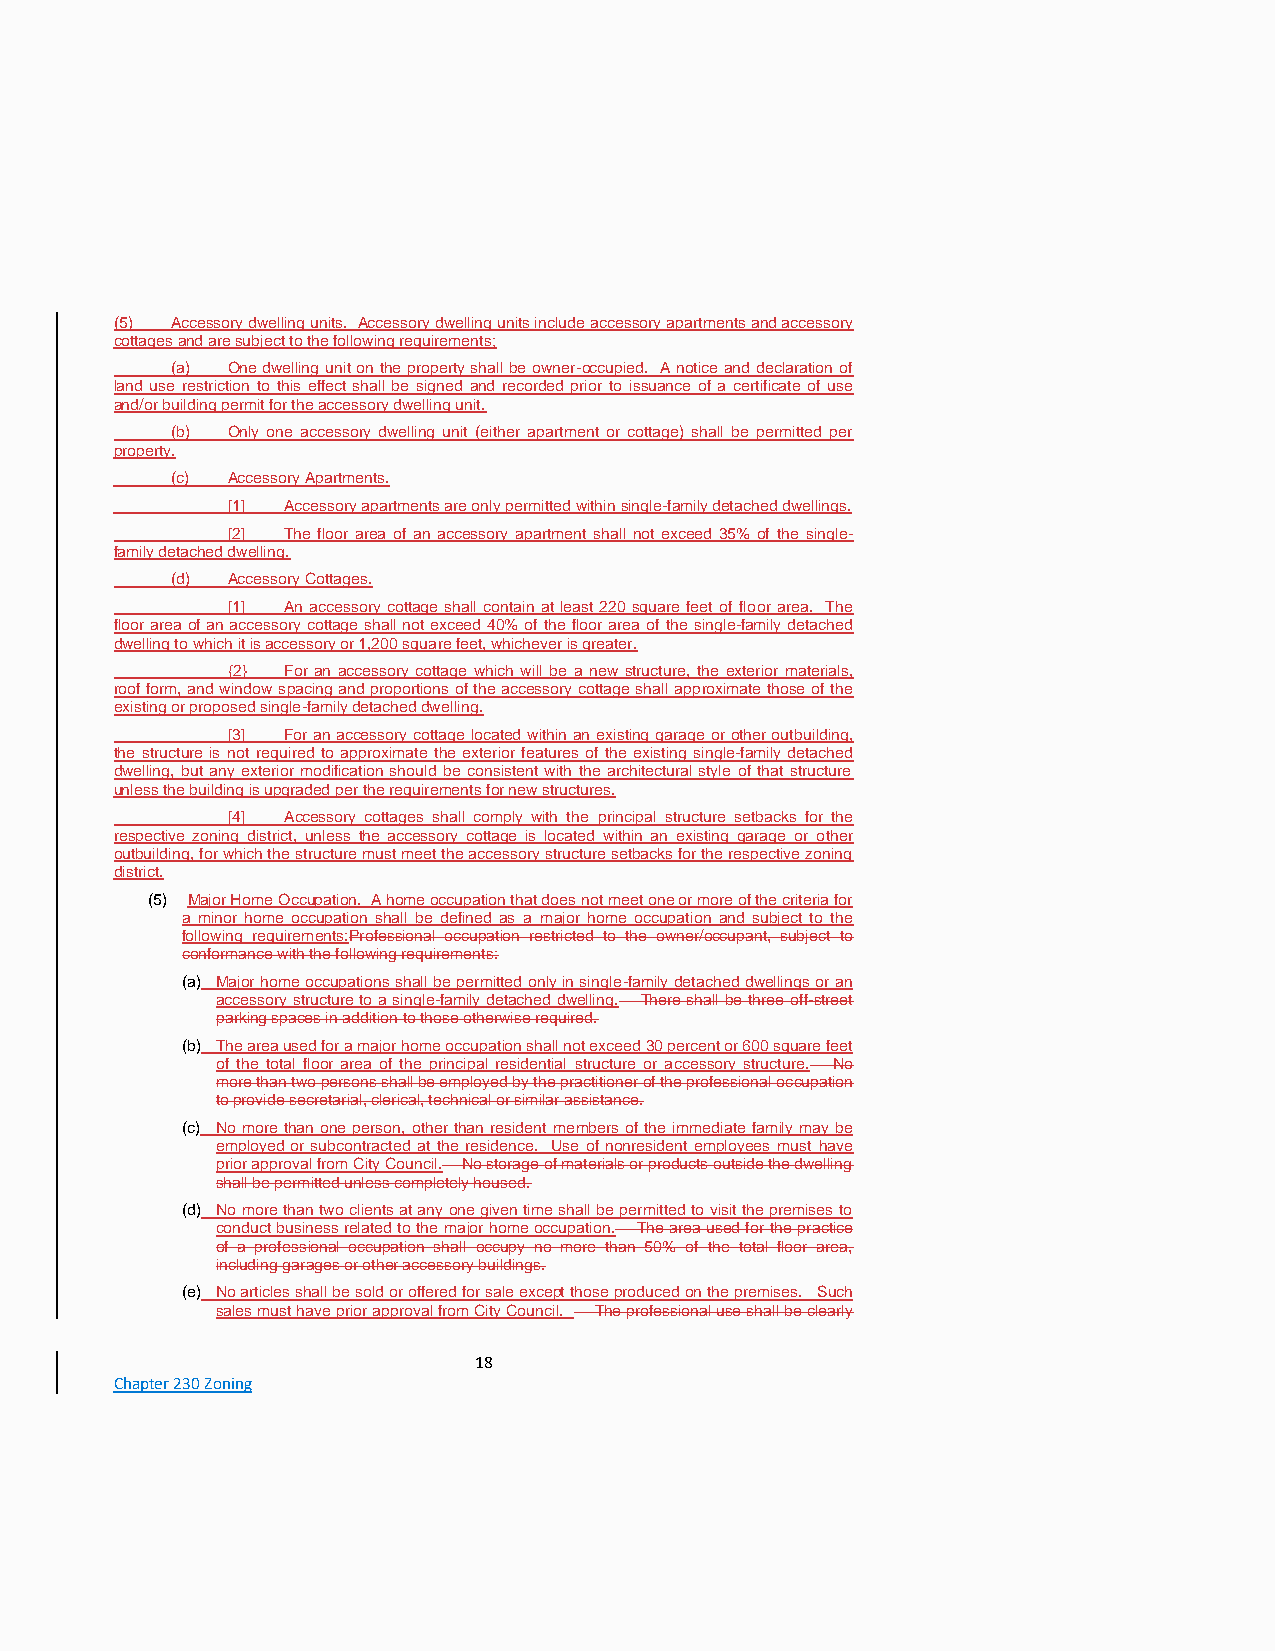
(5) Accessory dwelling units. Accessory dwelling units include accessory apartments and accessory
 cottages and are subject to the following requirements;
 (a) One dwelling unit on the property shall be owner-occupied. A notice and declaration of
 land use restriction to this effect shall be signed and recorded prior to issuance of a certificate of use
 and/or building permit for the accessory dwelling unit.
 (b) Only one accessory dwelling unit (either apartment or cottage) shall be permitted per
 property.
 (c) Accessory Apartments.
 [1] Accessory apartments are only permitted within single-family detached dwellings.
 [2] The floor area of an accessory apartment shall not exceed 35% of the single-
 family detached dwelling.
 (d) Accessory Cottages.
 [1] An accessory cottage shall contain at least 220 square feet of floor area. The
 floor area of an accessory cottage shall not exceed 40% of the floor area of the single-family detached
 dwelling to which it is accessory or 1,200 square feet, whichever is greater.
 {2} For an accessory cottage which will be a new structure, the exterior materials,
 roof form, and window spacing and proportions of the accessory cottage shall approximate those of the
 existing or proposed single-family detached dwelling.
 [3] For an accessory cottage located within an existing garage or other outbuilding,
 the structure is not required to approximate the exterior features of the existing single-family detached
 dwelling, but any exterior modification should be consistent with the architectural style of that structure
 unless the building is upgraded per the requirements for new structures.
 [4] Accessory cottages shall comply with the principal structure setbacks for the
 respective zoning district, unless the accessory cottage is located within an existing garage or other
 outbuilding, for which the structure must meet the accessory structure setbacks for the respective zoning
 district.
 (5) Major Home Occupation. A home occupation that does not meet one or more of the criteria for
 a minor home occupation shall be defined as a major home occupation and subject to the
 following requirements:Professional occupation restricted to the owner/occupant, subject to
 conformance with the following requirements:
 (a) Major home occupations shall be permitted only in single-family detached dwellings or an
 accessory structure to a single-family detached dwelling. There shall be three off-street
 parking spaces in addition to those otherwise required.
 (b) The area used for a major home occupation shall not exceed 30 percent or 600 square feet
 of the total floor area of the principal residential structure or accessory structure. No
 more than two persons shall be employed by the practitioner of the professional occupation
 to provide secretarial, clerical, technical or similar assistance.
 (c) No more than one person, other than resident members of the immediate family may be
 employed or subcontracted at the residence. Use of nonresident employees must have
 prior approval from City Council. No storage of materials or products outside the dwelling
 shall be permitted unless completely housed.
 (d) No more than two clients at any one given time shall be permitted to visit the premises to
 conduct business related to the major home occupation. The area used for the practice
 of a professional occupation shall occupy no more than 50% of the total floor area,
 including garages or other accessory buildings.
 (e) No articles shall be sold or offered for sale except those produced on the premises. Such
 sales must have prior approval from City Council. The professional use shall be clearly
 18
 Chapter 230 Zoning